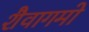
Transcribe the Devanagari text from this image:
शैवागमो